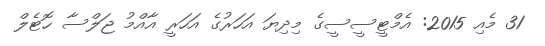
31 މެއި 2015: އެމްޓީސީސީގެ މިދިޔަ އަހަރުގެ އަހަރީ އާއްމު ޖަލްސާ ހޮޓެލް